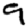
Digit: 9